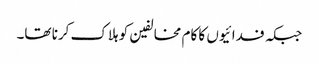
جبکہ فدائیوں کا کام مخالفین کو ہلاک کرنا تھا۔